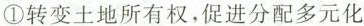
①转变土地所有权，促进分配多元化